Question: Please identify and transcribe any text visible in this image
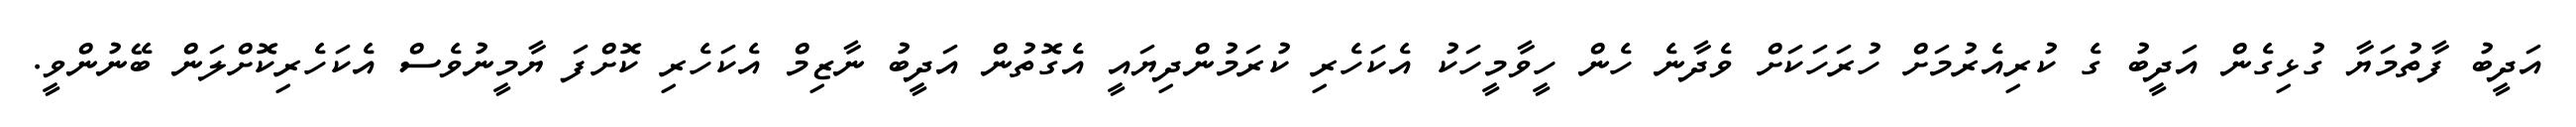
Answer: އަދީބު ފާތުމަޔާ ގުޅިގެން އަދީބު ގެ ކުރިއެރުމަށް ހުރަހަކަށް ވެދާނެ ހެން ހީވާމީހަކު އެކަހެރި ކުރަމުންދިޔައީ އެގޮތުން އަދީބު ނާޒިމް އެކަހެރި ކޮށްފަ ޔާމީނުވެސް އެކަހެރިކޮށްލަން ބޭނުންވީ.